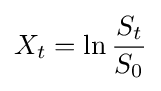
X_{t}=\ln {\frac {S_{t}}{S_{0}}}